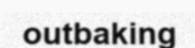
outbaking